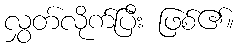
လွှတ်လိုက်ပြီး ဖြစ်၏။